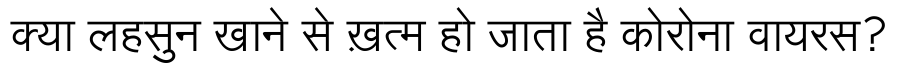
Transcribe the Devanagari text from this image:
क्या लहसुन खाने से ख़त्म हो जाता है कोरोना वायरस?